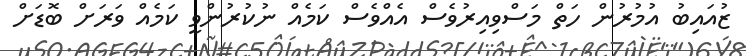
ޒުއައިބު އުމުރުން ހަތް މަސްވިއިރުވެސް އެއްވެސް ކަމެއް ނުކުރުންވީ ކަމެއް ވަރަށް ބޮޑަށް